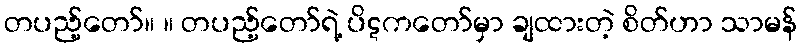
တပည့်တော်။ ။ တပည့်တော်ရဲ့ ပိဋကတော်မှာ ချထားတဲ့ စိတ်ဟာ သာမန်